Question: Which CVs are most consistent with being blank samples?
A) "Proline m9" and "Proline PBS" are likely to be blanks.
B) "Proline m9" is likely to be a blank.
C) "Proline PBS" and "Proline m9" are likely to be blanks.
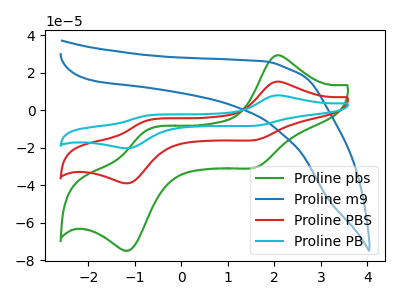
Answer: <think>The green curve "Proline pbs" has anodic peaks at (2.00V, 29.10uA) (-0.75V, -10.80uA) and cathodic peaks at (1.60V, -30.30uA) (-1.10V, -74.55uA). The blue curve "Proline m9" has no peaks. The red curve "Proline PBS" has anodic peaks at (2.00V, 15.15uA) (-0.75V, -5.60uA) and cathodic peaks at (1.60V, -15.80uA) (-1.10V, -38.80uA). The cyan curve "Proline PB" has anodic peaks at (2.00V, 30.30uA) (-0.75V, -11.25uA) and cathodic peaks at (1.60V, -31.55uA) (-1.10V, -77.60uA).</think>
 <answer>B) "Proline m9" is likely to be a blank.</answer>
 <eval>B</eval>